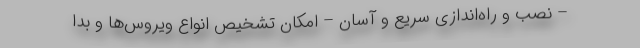
– نصب و راه‌اندازی سریع و آسان – امکان تشخیص انواع ویروس‌ها و بدا